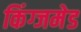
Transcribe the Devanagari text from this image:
किंग्जमेड